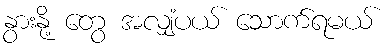
နွားနို့ တွေ အလျှံပယ် သောက်ရမယ်